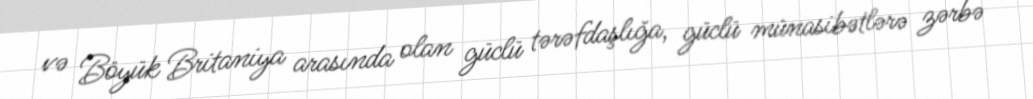
və Böyük Britaniya arasında olan güclü tərəfdaşlığa, güclü münasibətlərə zərbə